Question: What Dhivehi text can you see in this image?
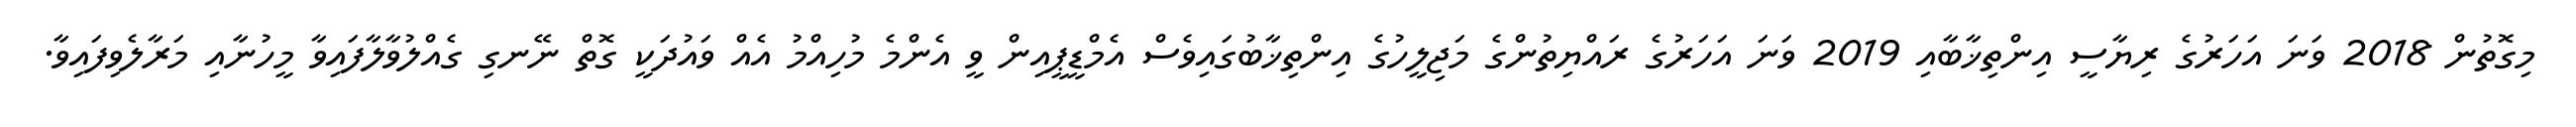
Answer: މިގޮތުން 2018 ވަނަ އަހަރުގެ ރިޔާސީ އިންތިޚާބާއި 2019 ވަނަ އަހަރުގެ ރައްޔިތުންގެ މަޖިލީހުގެ އިންތިޚާބުގައިވެސް އެމްޑީޕީއިން ވީ އެންމެ މުހިއްމު އެއް ވައުދަކީ ގޮތް ނޭނގި ގެއްލުވާލާފައިވާ މީހުނާއި މަރާލެވިފައިވާ.